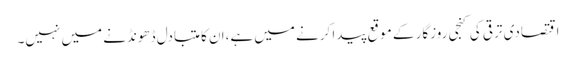
اقتصادی ترقی کی کنجی روزگار کے موقع پیدا کرنے میں ہے،ان کا متبادل ڈھونڈنے میں نہیں۔